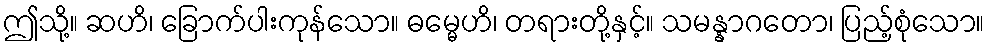
ဤသို့။ ဆဟိ၊ ခြောက်ပါးကုန်သော။ ဓမ္မေဟိ၊ တရားတို့နှင့်။ သမန္နာဂတော၊ ပြည့်စုံသော။